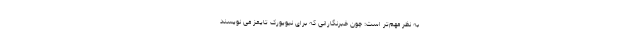
به نظر مهم‌تر است: چون خبرنگارانی که برای نیویورک تایمز می نویسند